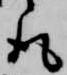
取